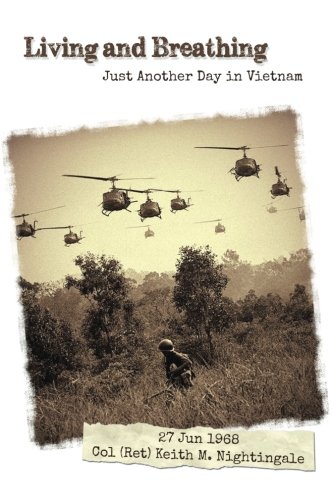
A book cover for Living and Breathing: Just Another Day in Vietnam; Col Keith M. Nightingale (Ret); History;